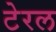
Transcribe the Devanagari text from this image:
टेरल